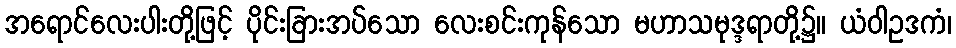
အရောင်လေးပါးတို့ဖြင့် ပိုင်းခြားအပ်သော လေးစင်းကုန်သော မဟာသမုဒ္ဒရာတို့၌။ ယံဝါဥဒကံ၊